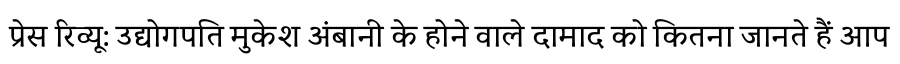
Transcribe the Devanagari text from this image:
प्रेस रिव्यू: उद्योगपति मुकेश अंबानी के होने वाले दामाद को कितना जानते हैं आप